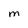
Character: M